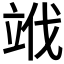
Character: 𥩱